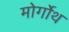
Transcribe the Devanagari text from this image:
मोर्गोथ